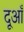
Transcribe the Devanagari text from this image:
दूआँ